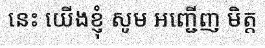
នេះ យើងខ្ញុំ សូម អញ្ជើញ មិត្ត